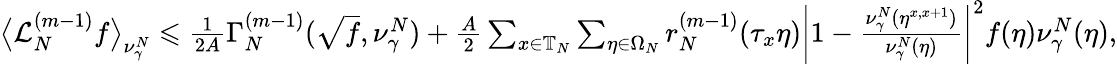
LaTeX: \begin{array}{r}{\big\langle\mathcal{L}_{N}^{(m-1)}f\big\rangle_{\nu_{\gamma}^{N}}\leqslant\frac{1}{2A}\Gamma_{N}^{(m-1)}(\sqrt{f},\nu_{\gamma}^{N})+\frac{A}{2}\sum_{x\in\mathbb{T}_{N}}\sum_{\eta\in\Omega_{N}}r_{N}^{(m-1)}(\tau_{x}\eta)\bigg|1-\frac{\nu_{\gamma}^{N}(\eta^{x,x+1})}{\nu_{\gamma}^{N}(\eta)}\bigg|^{2}f(\eta)\nu_{\gamma}^{N}(\eta),}\end{array}